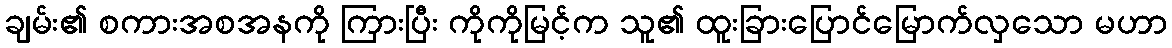
ချမ်း၏ စကားအစအနကို ကြားပြီး ကိုကိုမြင့်က သူ၏ ထူးခြားပြောင်မြောက်လှသော မဟာ